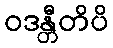
ဝဒန္တီတိပိ